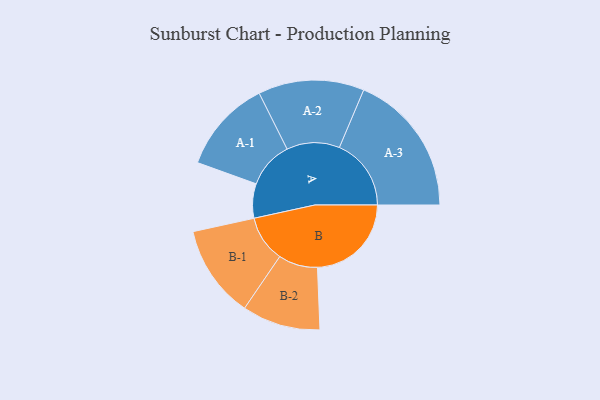
{"axis": {"x": "Segment", "y": "Value"}, "legend": ["", "A", "B"], "data": [{"x": "A", "y": 137, "type": ""}, {"x": "B", "y": 374, "type": ""}, {"x": "A-1", "y": 186, "type": "A"}, {"x": "A-2", "y": 211, "type": "A"}, {"x": "A-3", "y": 286, "type": "A"}, {"x": "B-1", "y": 185, "type": "B"}, {"x": "B-2", "y": 156, "type": "B"}]}